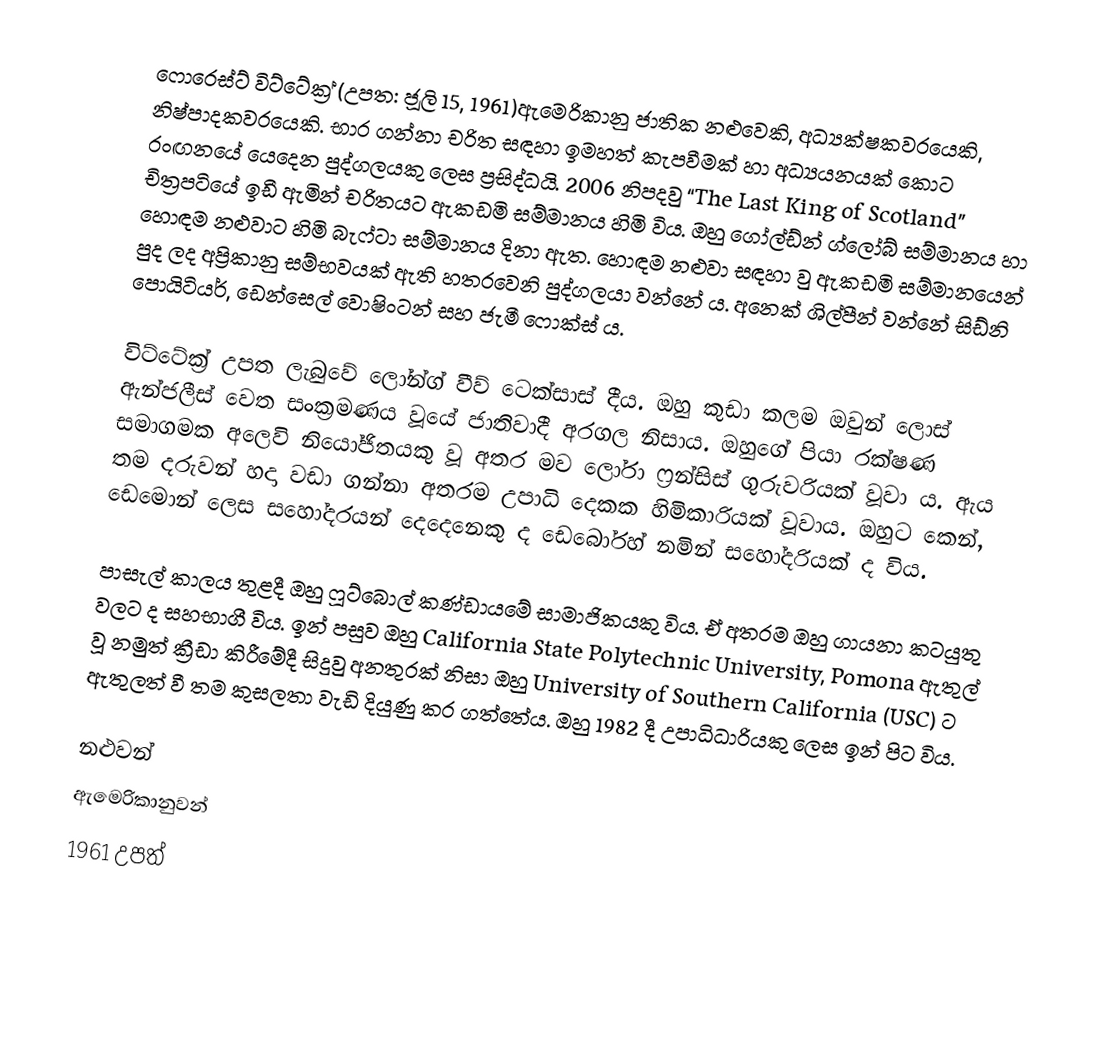
ෆොරෙස්ට් විට්ටේක්‍ර් (උපත: ජූලි 15, 1961)ඇමෙරිකානු ජාතික නළුවෙකි, අධ්‍යක්ෂකවරයෙකි, නිෂ්පාදකවරයෙකි. භාර ගන්නා චරිත සඳහා ඉමහත් කැපවීමක් හා අධ්‍යයනයක් කොට රංඟනයේ යෙදෙන පුද්ගලයකු ලෙස ප්‍රසිද්ධයි. 2006 නිපදවු “The Last King of Scotland” චිත්‍රපටියේ ඉඩී ඇමින් චරිතයට ඇකඩමි සම්මානය හිමි විය. ඔහු ගෝල්ඩ්න් ග්ලෝබ් සම්මානය හා හොඳම නළුවාට හිමි බැෆ්ටා සම්මානය දිනා ඇත. හොඳම නළුවා සඳහා වු ඇකඩමි සම්මානයෙන් පුද ලද අප්‍රිකානු සම්භවයක් ඇති හතරවෙනි පුද්ගලයා වන්නේ ය. අනෙක් ශිල්පීන් වන්නේ සිඩ්නි පොයිටියර්, ඩෙන්සෙල් වොෂිංටන් සහ ජැමී ෆොක්ස් ය.

විට්ටේක්‍ර් උපත ලැබුවේ ලෝන්ග් වීව් ටෙක්සාස් දීය. ඔහු කුඩා කලම ඔවුන් ලොස් ඇන්ජලීස් වෙත සංක්‍රමණය වූයේ ජාතිවාදී අරගල නිසාය. ඔහුගේ පියා රක්ෂණ සමාගමක අලෙවි නියෝජිතයකු වූ අතර මව ලෝරා ෆ්‍රන්සිස් ගුරුවරියක් වූවා ය. ඇය තම දරුවන් හදා වඩා ගන්නා අතරම උපාධි දෙකක හිමිකාරියක් වූවාය. ඔහුට කෙන්, ඩෙමොන් ලෙස සහෝදරයන් දෙදෙනෙකු ද ඩෙබෝරහ්  නමින් සහෝදරියක් ද විය.

පාසැල් කාලය තුළදී ඔහු ෆූට්බොල් කණ්ඩායමේ සාමාජිකයකු විය. ඒ අතරම ඔහු ගායනා කටයුතු වලට ද සහභාගී විය. ඉන් පසුව ඔහු   California State Polytechnic University, Pomona ඇතුල් වූ නමුත් ක්‍රීඩා කිරීමේදී සිදුවු අනතුරක් නිසා ඔහු  University of Southern California (USC) ට ඇතුලත් වී තම කුසලතා වැඩි දියුණු කර ගත්තේය. ඔහු 1982  දී උපාධිධාරියකු ලෙස ඉන් පිට විය.

නළුවන්
ඇමෙරිකානුවන්
1961 උපත්